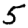
Digit: 5